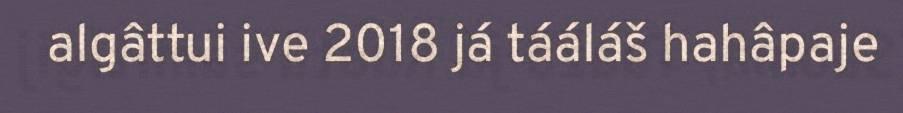
algâttui ive 2018 já tááláš hahâpaje